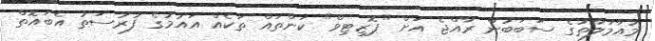
މުއާމަލާތުގެ ސަބަބުން ރާއްޖެ އަށް "ޕޮޒިޓިވް" ކަންތައް ތަކެއް އައުމުގެ ފުރުސަތު އެބައޮތް